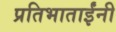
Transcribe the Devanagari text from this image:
प्रतिभाताईंनी